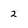
Character: 2